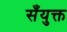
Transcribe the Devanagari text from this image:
सँयुक्त